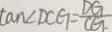
\tan \angle D C G = \frac { D G } { C G }